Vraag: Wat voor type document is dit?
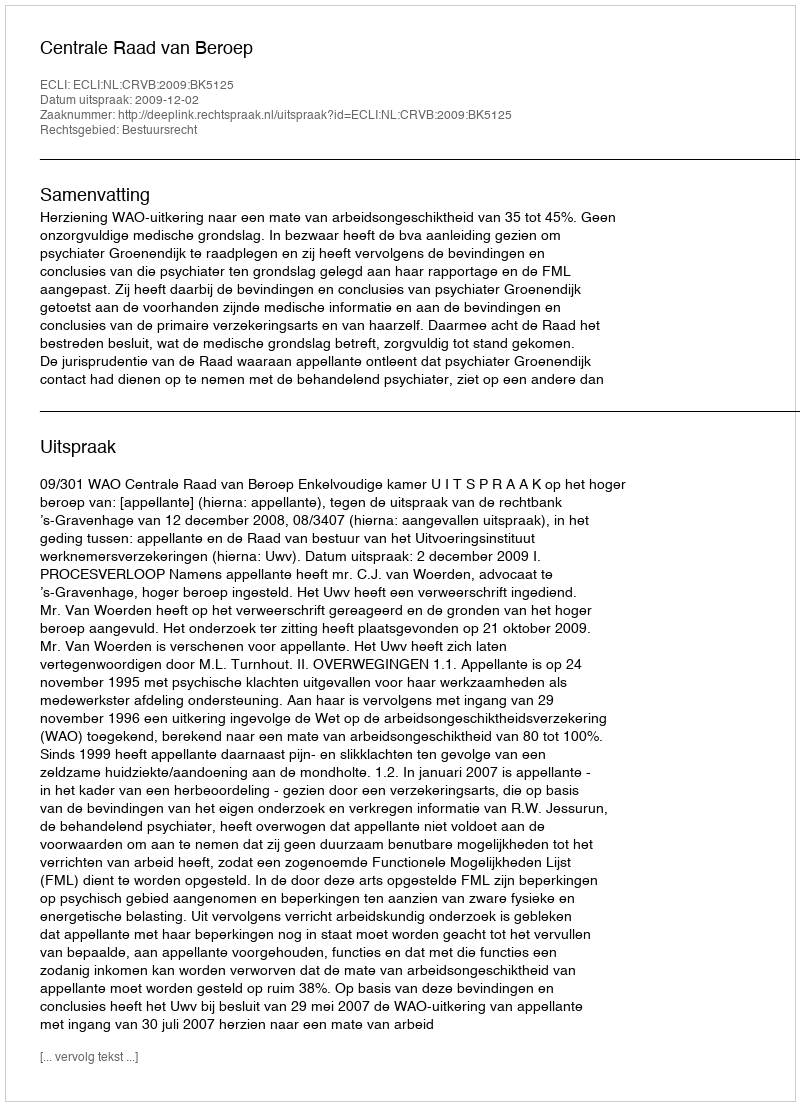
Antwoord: Uitspraak